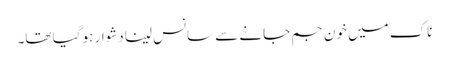
ناک میں خون جم جانے سے سانس لینا دشوار ہو گیا تھا۔